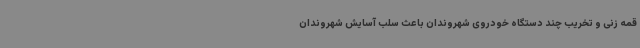
قمه زنی و تخریب چند دستگاه خودروی شهروندان باعث سلب آسایش شهروندان